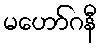
မဟော်ဂနီ